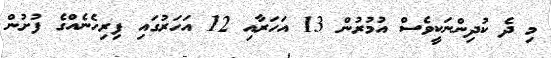
މި ދެ ކުދިންނަކީވެސް އުމުރުން 13 އަހަރާއި 12 އަހަރުގައި ފިރިހެނެއްގެ ފުށުން